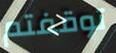
توقفتم